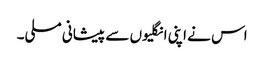
اس نے اپنی انگلیوں سے پیشانی مسلی۔